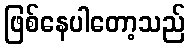
ဖြစ်နေပါတော့သည်